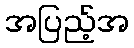
အပြည့်အ